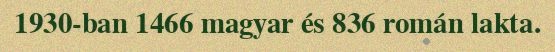
1930-ban 1466 magyar és 836 román lakta.